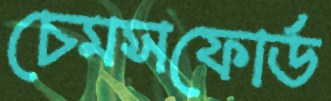
চেমসফোর্ড